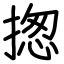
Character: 揔